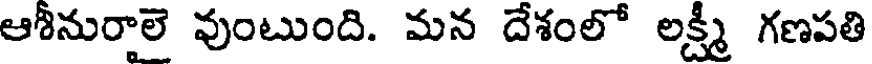
ఆశీనురాలె వుంటుంది. మన దేశంలో లక్ష్మీ గణపతి